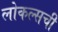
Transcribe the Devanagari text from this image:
लोकल्सची